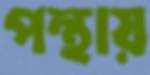
পন্থায়